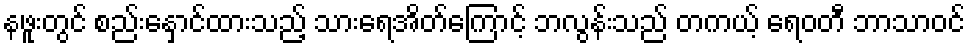
နဖူးတွင် စည်းနှောင်ထားသည့် သားရေအိတ်ကြောင့် ဘလွန်းသည် တကယ့် ရေဝတီ ဘာသာဝင်